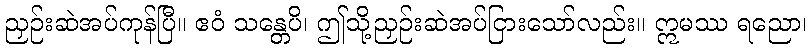
ညှဉ်းဆဲအပ်ကုန်ပြီ။ ဧဝံ သန္တေပိ၊ ဤသို့ညှဉ်းဆဲအပ်ငြားသော်လည်း။ ဣမဿ ရညော၊